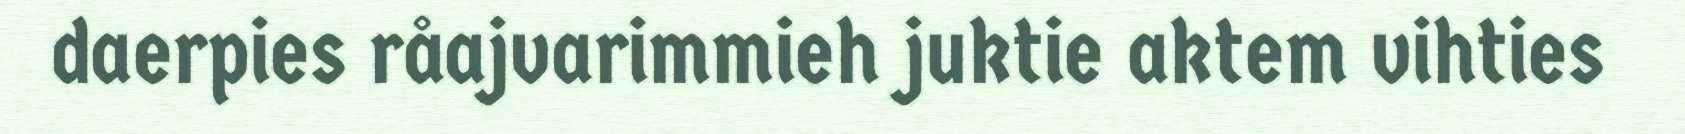
daerpies råajvarimmieh juktie aktem vihties